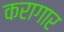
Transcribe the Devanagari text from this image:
करागार